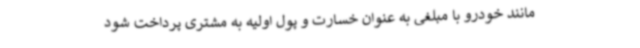
مانند خودرو با مبلغی به عنوان خسارت و پول اولیه به مشتری پرداخت شود